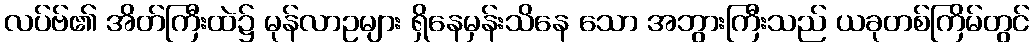
လပ်ဗ်၏ အိတ်ကြီးထဲ၌ မုန်လာဥများ ရှိနေမှန်းသိနေ သော အဘွားကြီးသည် ယခုတစ်ကြိမ်တွင်